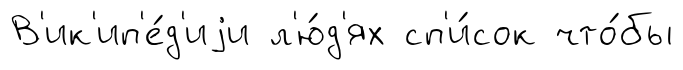
В'ик'ип'е́д'иjи л'ю́д'ях сп'и́сок что́бы